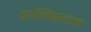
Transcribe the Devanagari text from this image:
एनिसटन